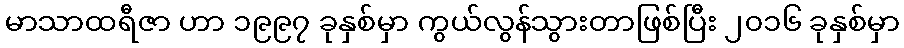
မာသာထရီဇာ ဟာ ၁၉၉၇ ခုနှစ်မှာ ကွယ်လွန်သွားတာဖြစ်ပြီး ၂၀၁၆ ခုနှစ်မှာ